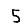
Digit: 5